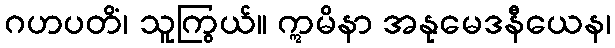
ဂဟပတိံ၊ သူကြွယ်။ ဣမိနာ အနုမေဒနီယေန၊